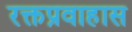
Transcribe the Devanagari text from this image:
रक्तप्रवाहास